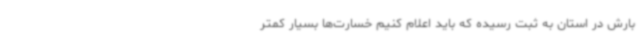
بارش در استان به ثبت رسیده که باید اعلام کنیم خسارت‌ها بسیار کمتر